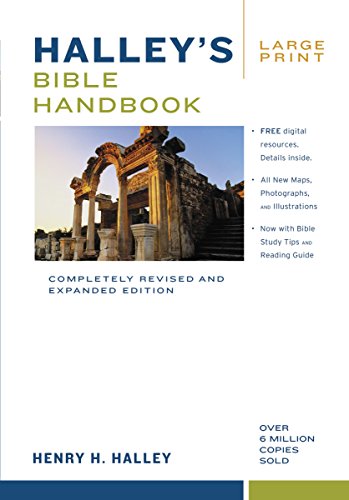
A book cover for Halley's Bible Handbook, Large Print: Completely Revised and Expanded Edition---Over 6 Million Copies Sold; Henry H. Halley; Christian Books & Bibles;